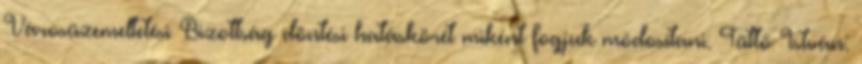
Városüzemeltetési Bizottság döntési hatáskörét miként fogjuk módosítani. Tüttő István: